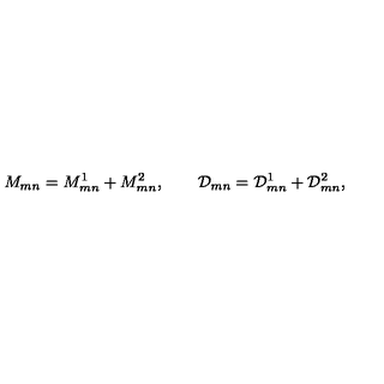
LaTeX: M _ { m n } = M _ { m n } ^ { 1 } + M _ { m n } ^ { 2 } , \qquad \mathcal { D } _ { m n } = \mathcal { D } _ { m n } ^ { 1 } + \mathcal { D } _ { m n } ^ { 2 } ,